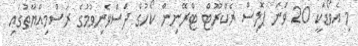
މި އެވޯޑަކީ 20 ވަނަ ޕޮލިސް ރެކްރޫޓް ޓްރޭނިން ކޯހުގެ ދަސްވެނިވުމުގެ ރަސްމިއްޔާތުގައި